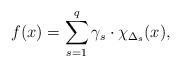
LaTeX: \begin{align*}f(x)= \sum_{s=1}^q \gamma_s \cdot \chi_{\Delta_s} (x),\end{align*}